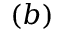
( b )